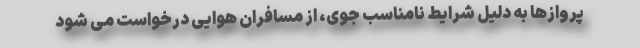
پروازها به دلیل شرایط نامناسب جوی، از مسافران هوایی درخواست می شود